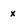
Character: x